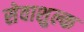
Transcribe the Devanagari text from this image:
सेवाशुल्क